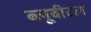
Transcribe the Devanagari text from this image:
ब्‍लूबीटल